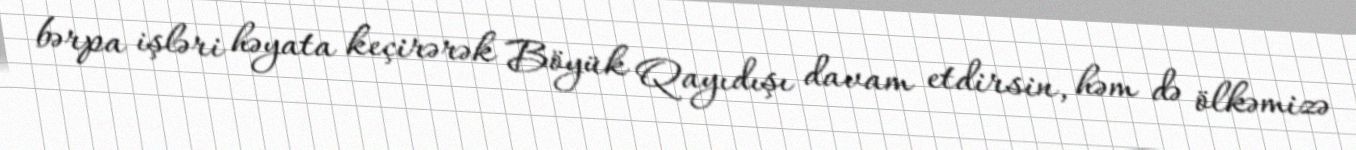
bərpa işləri həyata keçirərək Böyük Qayıdışı davam etdirsin, həm də ölkəmizə